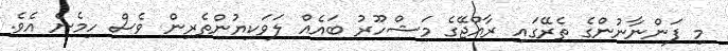
މި ފަންނާނުންގެ ތެރޭގައި ރާއްޖޭގެ މަޝްހޫރު ބައެއް ލަވަކިޔުންތެރިން ވެސް ހިމެނެ އެވެ.